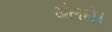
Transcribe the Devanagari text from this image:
खेलने।